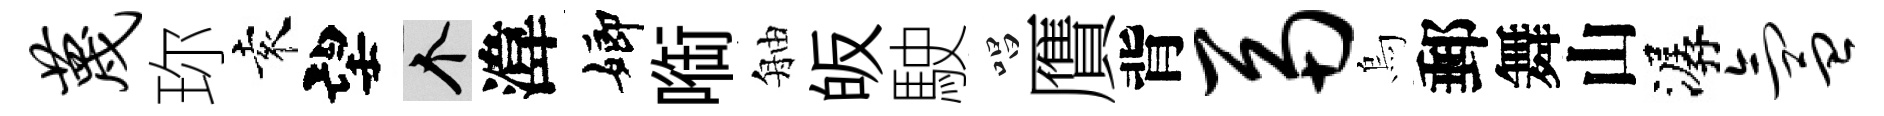
蔑珎袁望个湋嫏㗸舳皈駛唱贋背鬲烏郵舞山潺氲